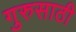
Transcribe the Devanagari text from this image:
गुरुसाठी